kultuurilooline_kollektsioon, lk 19
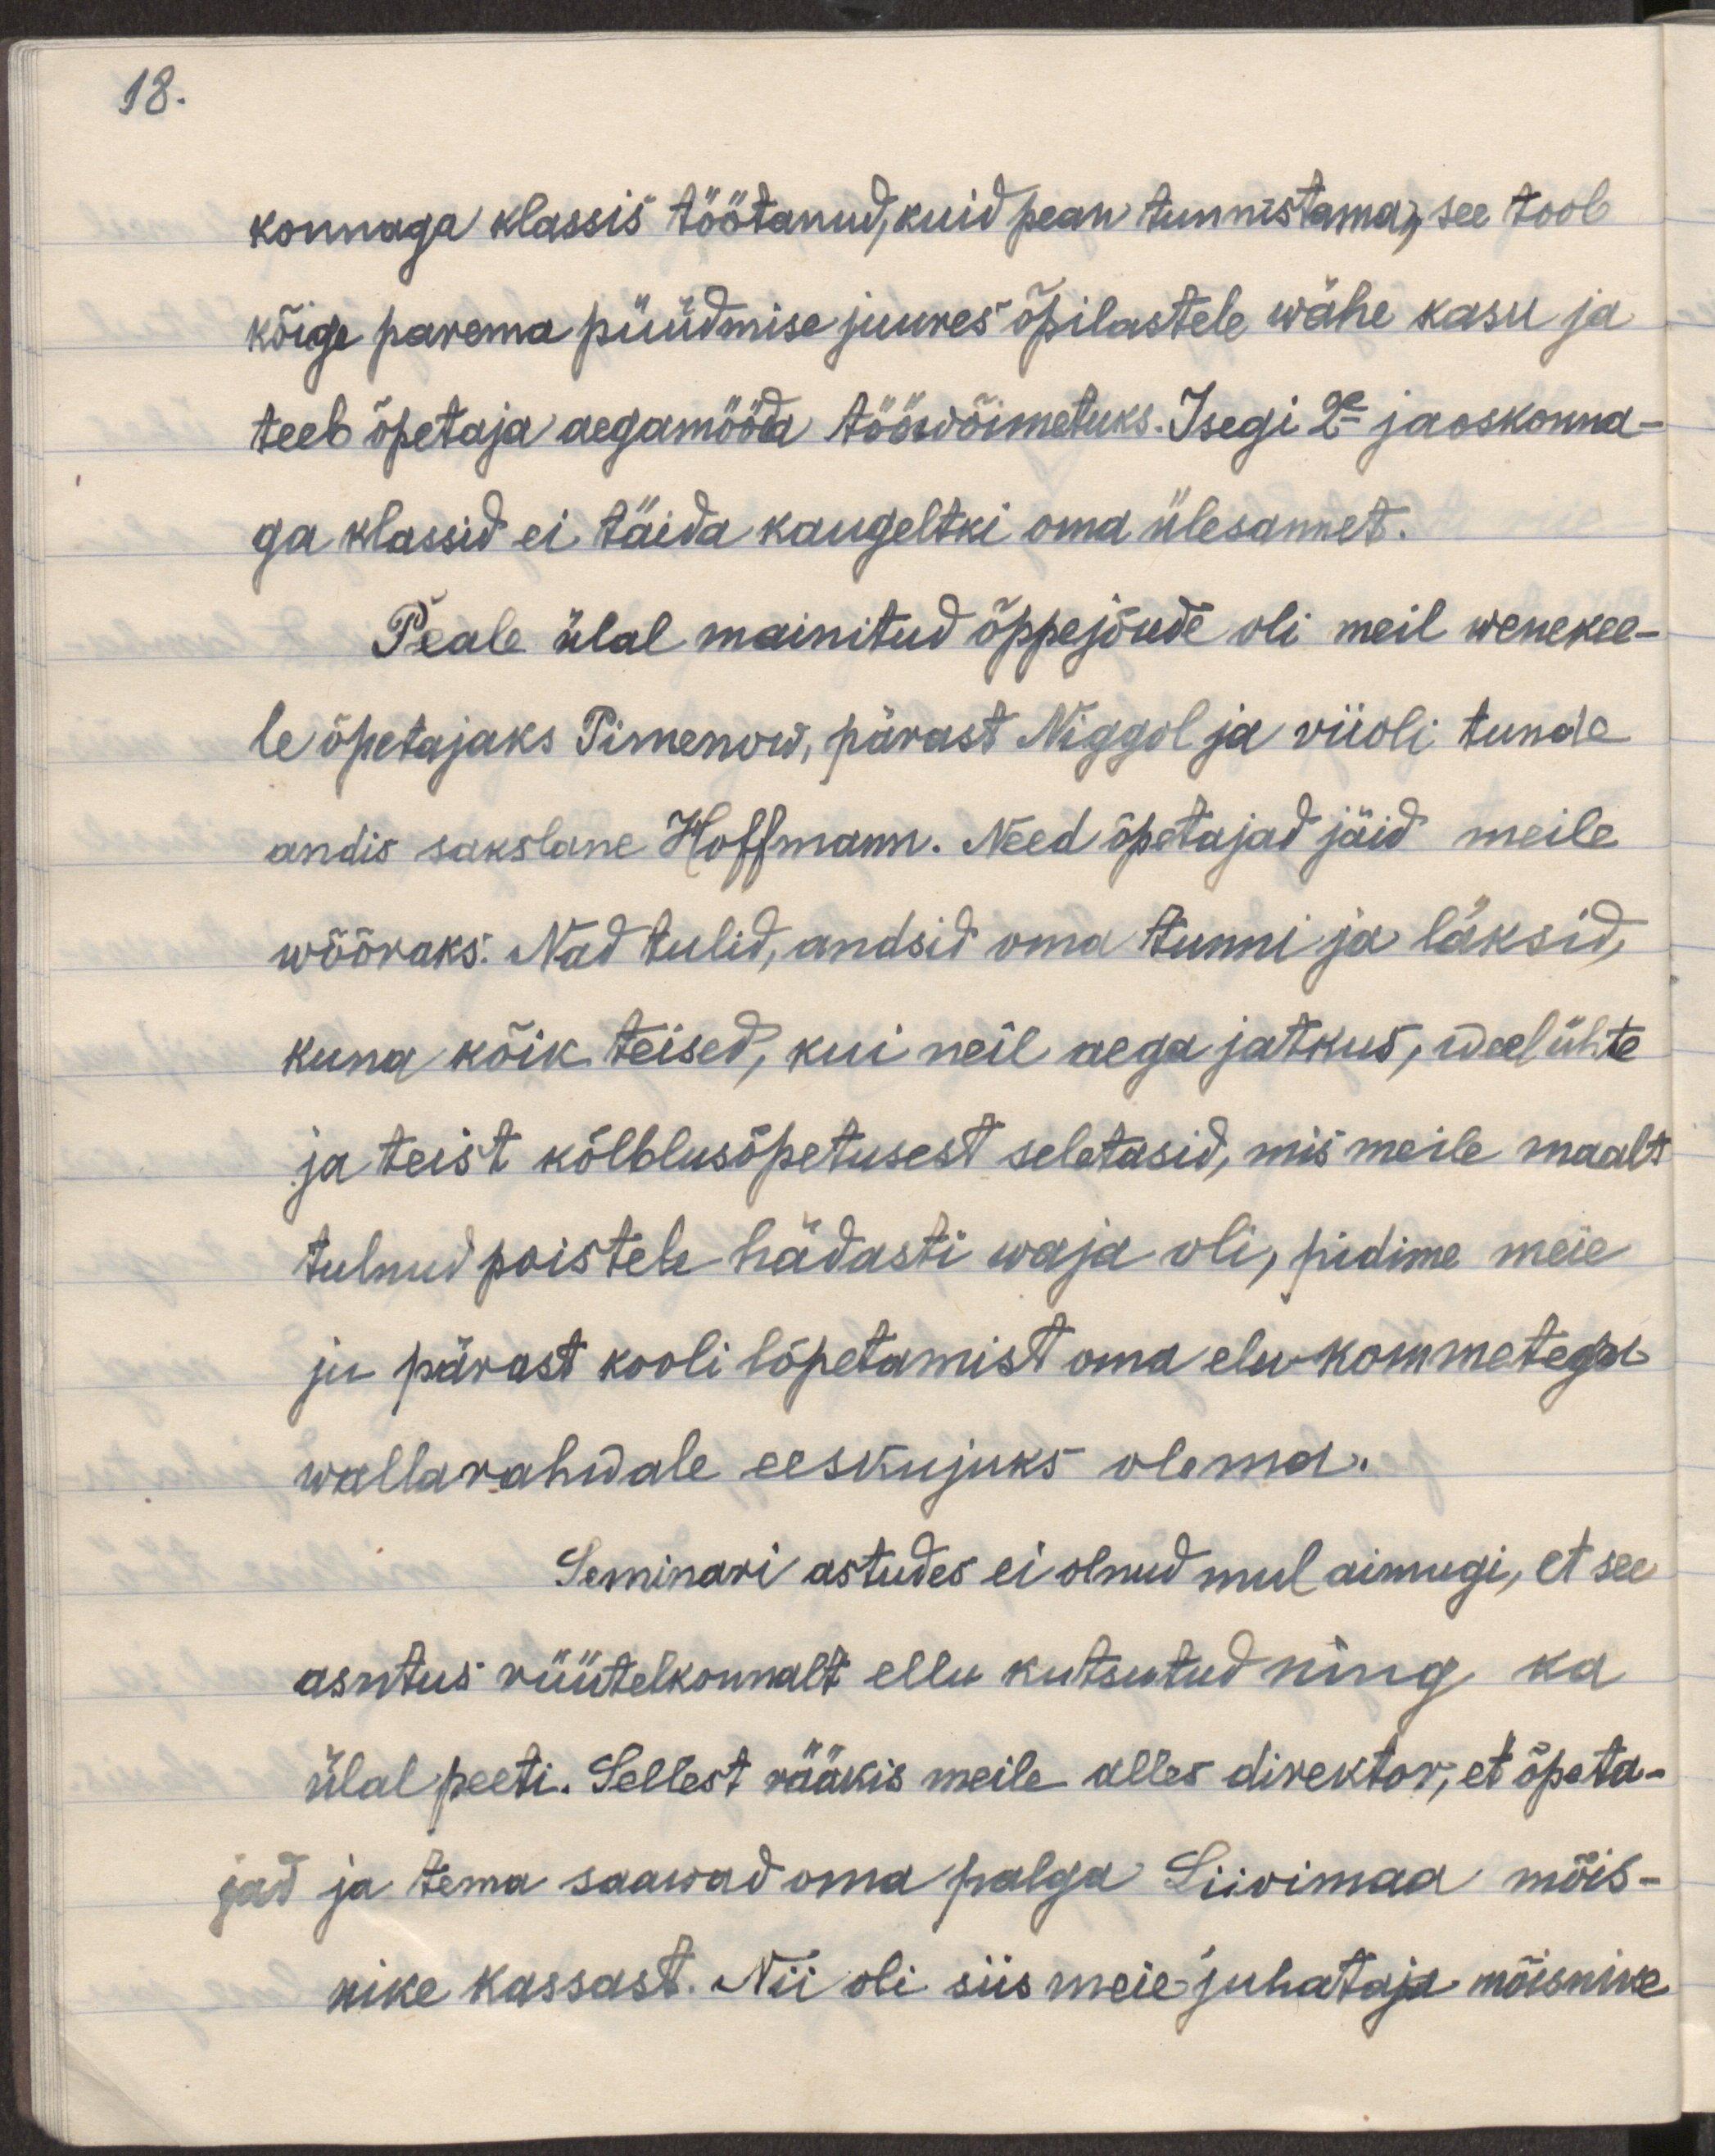
18.

konnaga klassis töötanud, kuid pean tunnistama, see toob
kõige parema püüdmise juures õpilastele wähe kasu ja
teeb õpetaja aegamööda tööwõimetuks. Isegi 2e jaoskonna-
ga klassid ei täida kaugeltki oma ülesannet.
Peale ülal mainitud õppejõude oli meil wenekee-
le õpetajaks Pimenow, pärast Niggol ja wiioli tunde
andis sakslane Hoffmann. Need õpetajad jäid meile
wõõraks. Nad tulid, andsid oma tunni ja läksid,
kuna kõik teised, kui neil aega jatkus, weel ühte
ja teist kõlblusõpetusest seletasid, mis meile maalt
tulnud poistele hädasti waja oli, pidime meie
ju pärast kooli lõpetamist oma elukommetega
wallarahvale eeskujuks olema.
Seminari astudes ei olnud mul aimugi, et see
asutus rüütelkonnalt ellu kutstutud ning ka
ülal peeti. Sellest rääkis meile alles direktor, et õpeta-
jad ja tema saawad oma palga Liivimaa mõis-
nike kassast. Nii oli siis meie juhataja mõisnike